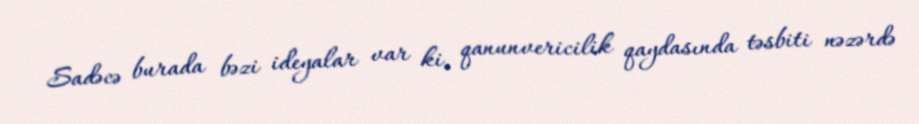
Sadəcə burada bəzi ideyalar var ki, qanunvericilik qaydasında təsbiti nəzərdə